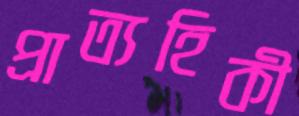
প্রাত্যহিকী